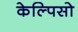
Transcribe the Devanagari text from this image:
केल्पिसो